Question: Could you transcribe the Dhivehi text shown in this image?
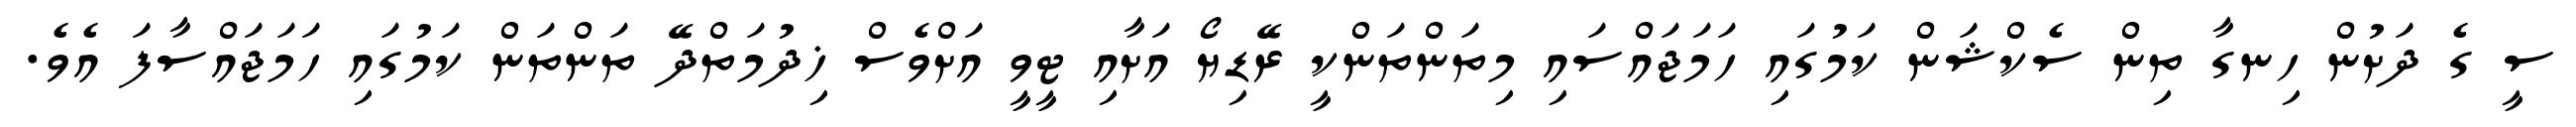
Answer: ސީ ގެ ދަށުން ހިނގާ ތިން ސެކްޝަން ކަމުގައި ހަމަޖައްސައި މިތަންތަންކީ ރޭޑިޔޯ އަށާއި ޓީވީ އަށްވެސް ޚިދުމަތްދޭ ތަންތަން ކަމުގައި ހަމަޖައްސާފަ އެވެ.